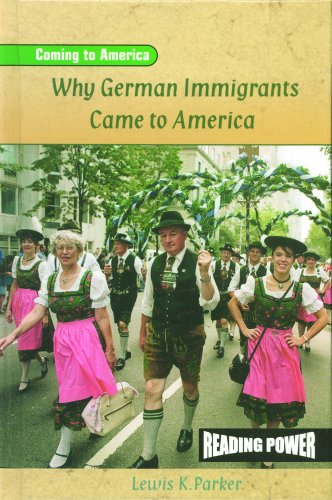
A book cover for Why German Immigrants Came to America (Coming to America); Lewis K. Parker; Children's Books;